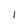
Character: 1